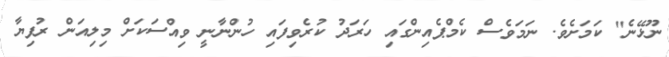
ނޫޅޭނެ" ކަމަށެވެ. ނަމަވެސް ކެމްޕެއިންގައި ހަރަދު ކުރެވިފައި ހުންނާނީ ވިއްސަކަށް މިލިއަން ރުފިޔާ